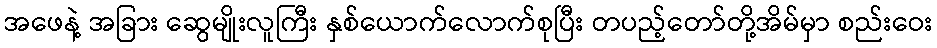
အဖေနဲ့ အခြား ဆွေမျိုးလူကြီး နှစ်ယောက်လောက်စုပြီး တပည့်တော်တို့အိမ်မှာ စည်းဝေး